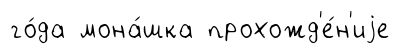
го́да мона́шка прохожд'е́н'иjе